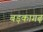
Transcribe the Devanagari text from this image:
बड़कागढ़